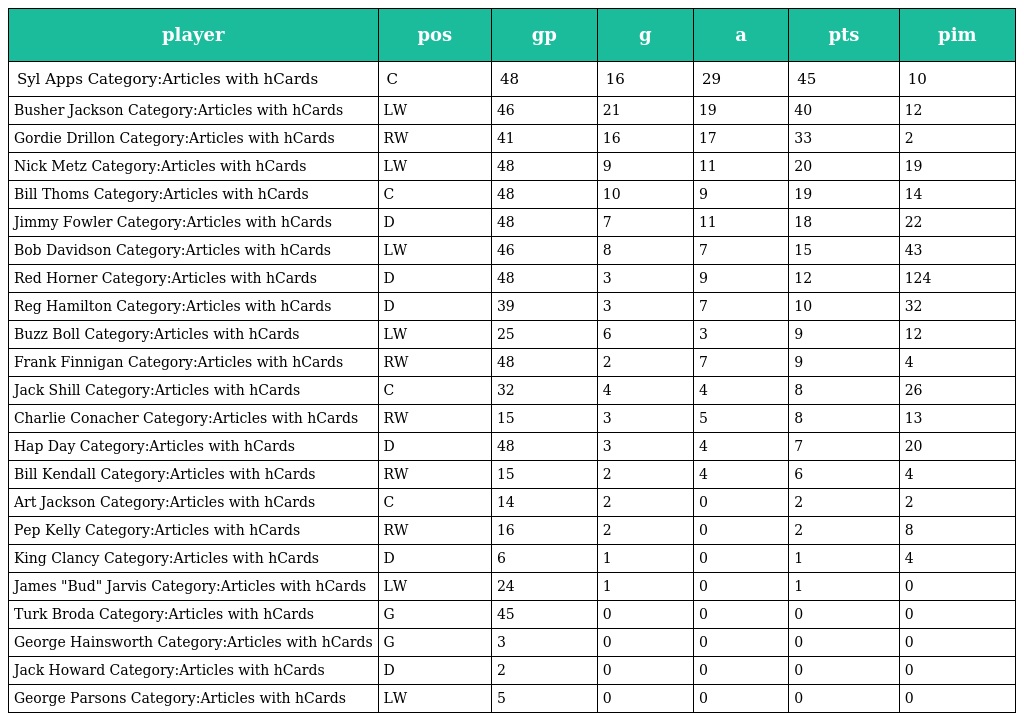
| player | pos | gp | g | a | pts | pim |
 | --- | --- | --- | --- | --- | --- | --- |
 | Syl Apps Category:Articles with hCards | C | 48 | 16 | 29 | 45 | 10 |
 | Busher Jackson Category:Articles with hCards | LW | 46 | 21 | 19 | 40 | 12 |
 | Gordie Drillon Category:Articles with hCards | RW | 41 | 16 | 17 | 33 | 2 |
 | Nick Metz Category:Articles with hCards | LW | 48 | 9 | 11 | 20 | 19 |
 | Bill Thoms Category:Articles with hCards | C | 48 | 10 | 9 | 19 | 14 |
 | Jimmy Fowler Category:Articles with hCards | D | 48 | 7 | 11 | 18 | 22 |
 | Bob Davidson Category:Articles with hCards | LW | 46 | 8 | 7 | 15 | 43 |
 | Red Horner Category:Articles with hCards | D | 48 | 3 | 9 | 12 | 124 |
 | Reg Hamilton Category:Articles with hCards | D | 39 | 3 | 7 | 10 | 32 |
 | Buzz Boll Category:Articles with hCards | LW | 25 | 6 | 3 | 9 | 12 |
 | Frank Finnigan Category:Articles with hCards | RW | 48 | 2 | 7 | 9 | 4 |
 | Jack Shill Category:Articles with hCards | C | 32 | 4 | 4 | 8 | 26 |
 | Charlie Conacher Category:Articles with hCards | RW | 15 | 3 | 5 | 8 | 13 |
 | Hap Day Category:Articles with hCards | D | 48 | 3 | 4 | 7 | 20 |
 | Bill Kendall Category:Articles with hCards | RW | 15 | 2 | 4 | 6 | 4 |
 | Art Jackson Category:Articles with hCards | C | 14 | 2 | 0 | 2 | 2 |
 | Pep Kelly Category:Articles with hCards | RW | 16 | 2 | 0 | 2 | 8 |
 | King Clancy Category:Articles with hCards | D | 6 | 1 | 0 | 1 | 4 |
 | James "Bud" Jarvis Category:Articles with hCards | LW | 24 | 1 | 0 | 1 | 0 |
 | Turk Broda Category:Articles with hCards | G | 45 | 0 | 0 | 0 | 0 |
 | George Hainsworth Category:Articles with hCards | G | 3 | 0 | 0 | 0 | 0 |
 | Jack Howard Category:Articles with hCards | D | 2 | 0 | 0 | 0 | 0 |
 | George Parsons Category:Articles with hCards | LW | 5 | 0 | 0 | 0 | 0 |